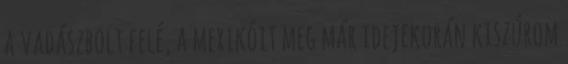
a vadászbolt felé, a mexikóit meg már idejekorán kiszúrom